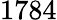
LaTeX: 1784